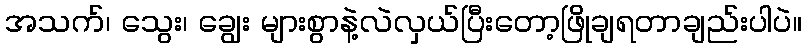
အသက်၊ သွေး၊ ချွေး များစွာနဲ့လဲလှယ်ပြီးတော့ဖြိုချရတာချည်းပါပဲ။